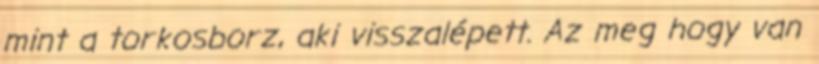
mint a torkosborz, aki visszalépett. Az meg hogy van